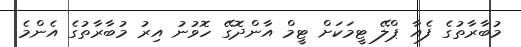
މުބާރާތުގެ ފެއާ ޕްލޭ ޓީމަކަށް ޓީމް އާންދޮގޭ ހޮވުނު އިރު މުބާރާތުގެ އެންމެ